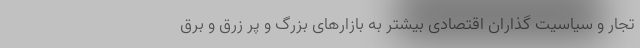
تجار و سیاسیت گذاران اقتصادی بیشتر به بازارهای بزرگ و پر زرق و برق